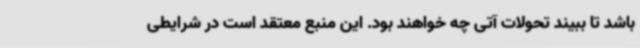
باشد تا ببیند تحولات آتی چه خواهند بود. این منبع معتقد است در شرایطی